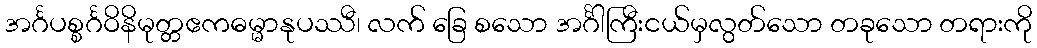
အင်္ဂပစ္စင်္ဂဝိနိမုတ္တဧကဓမ္မာနုပဿီ၊ လက် ခြေ စသော အင်္ဂါကြီးငယ်မှလွတ်သော တခုသော တရားကို